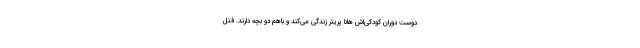
دوست دوران کودکی‌اش هانا پریتر زندگی می‌کند و باهم دو بچه دارند. فتل